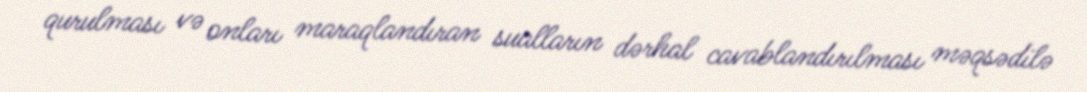
qurulması və onları maraqlandıran sualların dərhal cavablandırılması məqsədilə